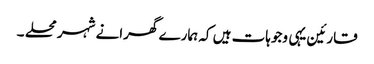
قارئین یہی وجوہات ہیں کہ ہمارے گھرانے شہر محلے ۔